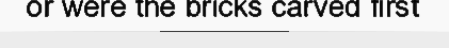
or were the bricks carved first